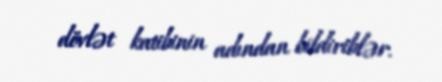
dövlət katibinin adından bildiriblər.